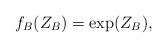
LaTeX: \begin{align*} f_B(Z_B) =\exp (Z_B),\end{align*}